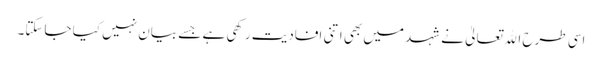
اسی طرح اﷲ تعالیٰ نے شہد میں بھی اتنی افادیت رکھی ہے جسے بیان نہیں کیا جاسکتا۔